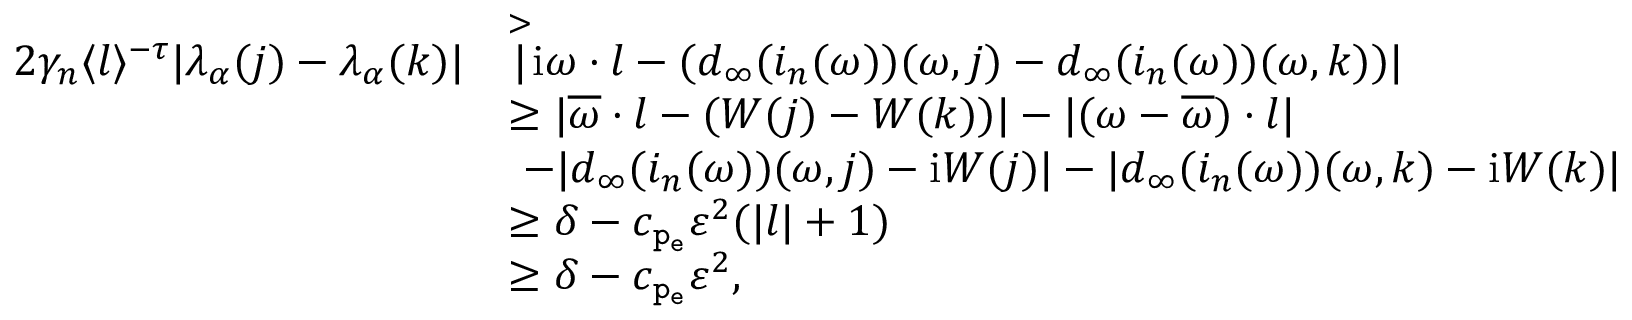
\begin{array} { r l } { 2 \gamma _ { n } \langle l \rangle ^ { - \tau } | \lambda _ { \alpha } ( j ) - \lambda _ { \alpha } ( k ) | } & { \overset > | \mathrm { i } \omega \cdot l - ( d _ { \infty } ( i _ { n } ( \omega ) ) ( \omega , j ) - d _ { \infty } ( i _ { n } ( \omega ) ) ( \omega , k ) ) | } \\ & { \ge | \overline { { \omega } } \cdot l - ( W ( j ) - W ( k ) ) | - | ( \omega - \overline { { \omega } } ) \cdot l | } \\ & { \ - | d _ { \infty } ( i _ { n } ( \omega ) ) ( \omega , j ) - \mathrm { i } W ( j ) | - | d _ { \infty } ( i _ { n } ( \omega ) ) ( \omega , k ) - \mathrm { i } W ( k ) | } \\ & { \ge \delta - c _ { \mathtt { p _ { e } } } \varepsilon ^ { 2 } ( | l | + 1 ) } \\ & { \ge \delta - c _ { \mathtt { p _ { e } } } \varepsilon ^ { 2 } , } \end{array}